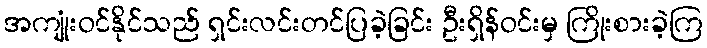
အကျုံးဝင်နိုင်သည် ရှင်းလင်းတင်ပြခဲ့ခြင်း ဦးရှိန်ဝင်းမှ ကြိုးစားခဲ့ကြ